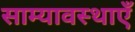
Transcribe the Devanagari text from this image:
साम्यावस्थाएँ